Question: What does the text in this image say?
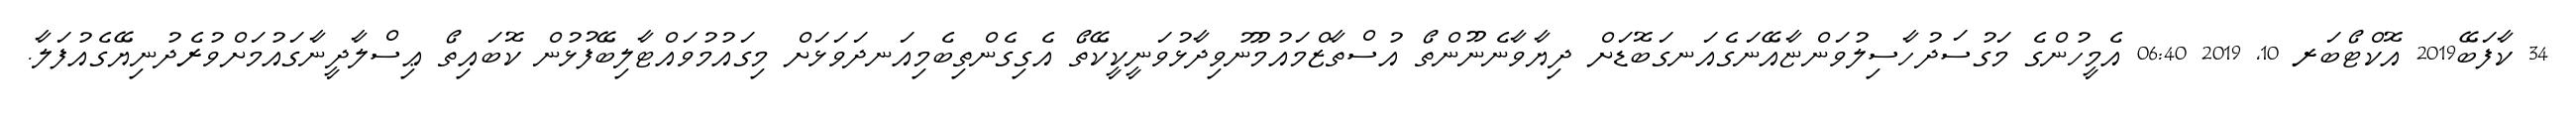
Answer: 34 ކާފަބޭ2019 އޮކްޓޯބަރ 10, 2019 06:40 އެމީހުންގެ މަގުސަދުހާސިލުވަންޏާއޭނަގެއަނގަބޮޑަށް ދިޔާވާނެނޫންތޯ އުސްތާޒްމައުމޫނުވިދާޅުވަނީކީކޭތޯ އެގިގެންތިބެމިއަނދަވަޅަށް މިގައުމުވައްޓާލިބޭފުޅުން ކޮބައިތޯ ޢިސްލާދީނާގައުމަށްވުރެދުނިޔޭގެއުފަލާ.